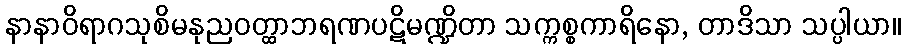
နာနာဝိရာဂသုစိမနုညဝတ္ထာဘရဏပဋိမဏ္ဍိတာ သက္ကစ္စကာရိနော, တာဒိသာ သပ္ပါယာ။